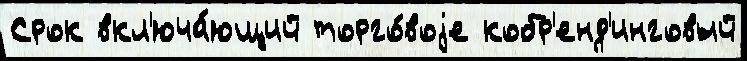
Срок вкл'юча́ющий торго́воjе кобр'енд'инговый